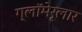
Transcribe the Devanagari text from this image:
ग्लॉमेरूलार